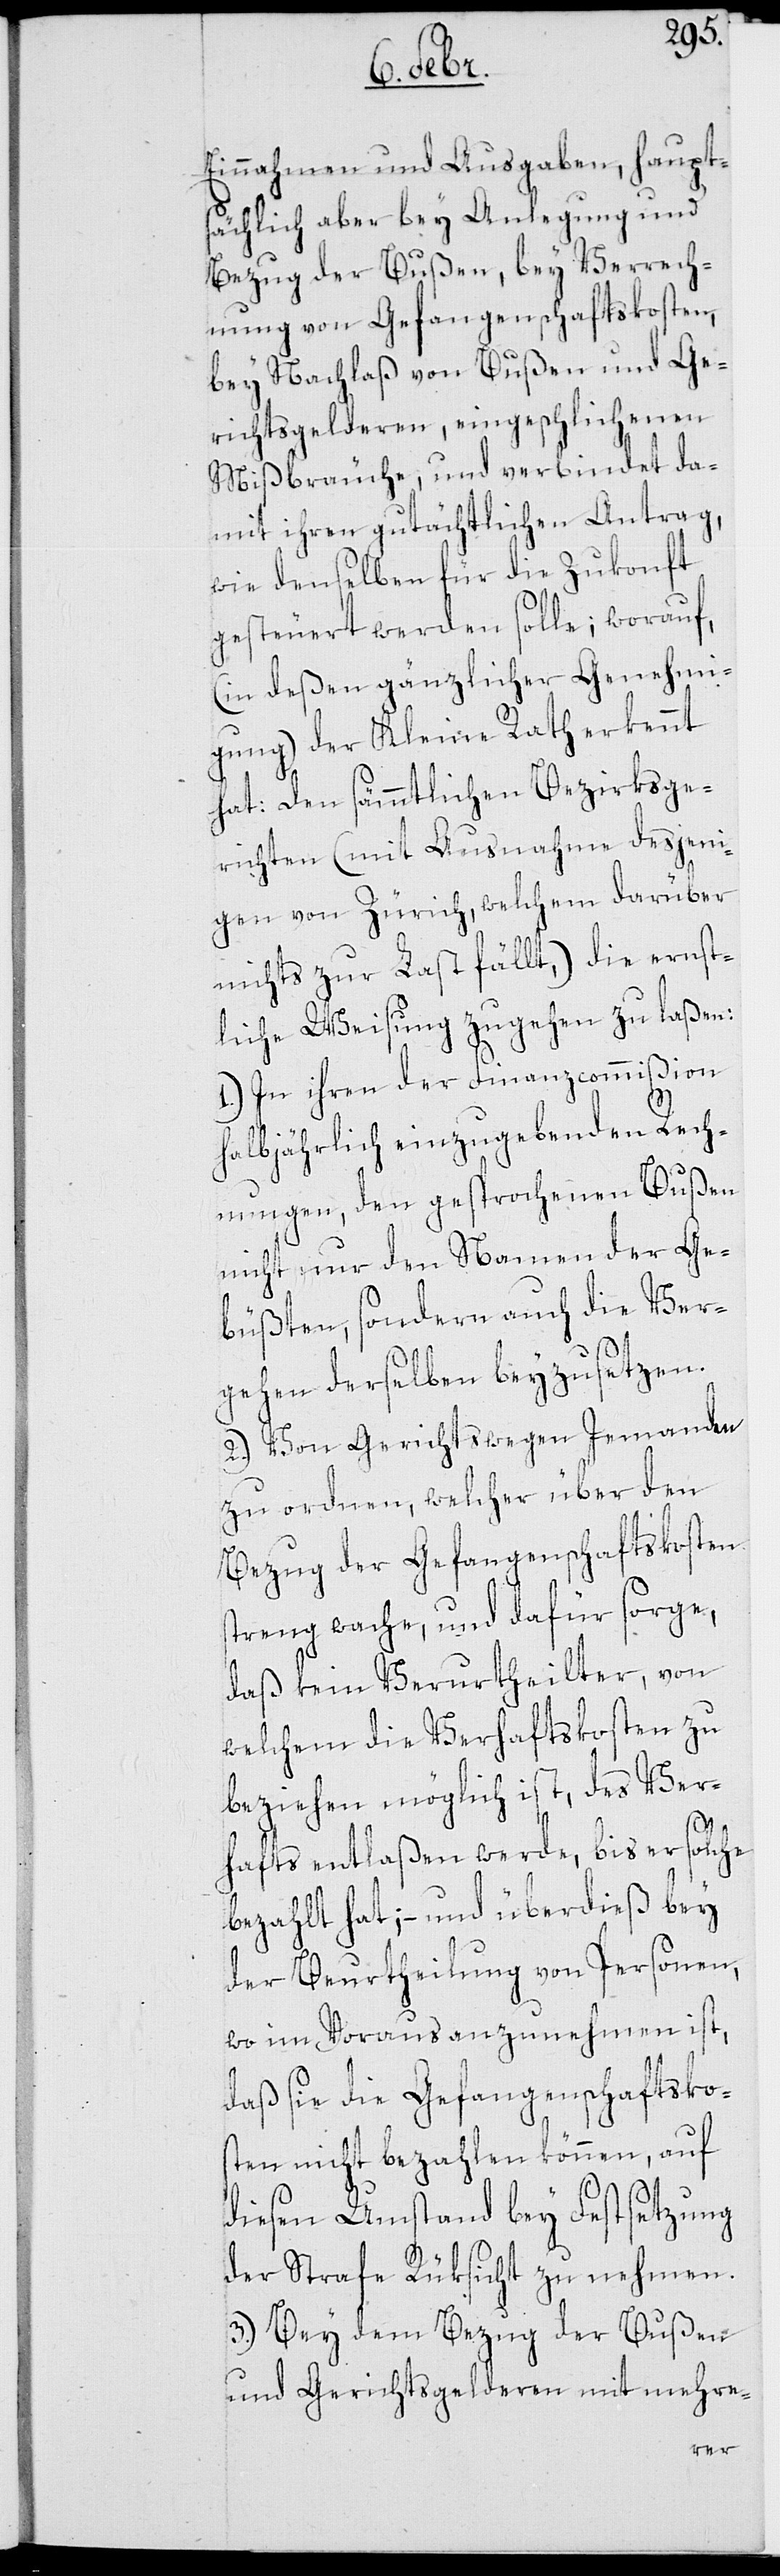
Einnahmen und Ausgaben, haupt¬
sächlich aber bey Anlegung und
Bezug der Bußen, bey Verrech¬
nung von Gefangenschaftskosten,
bey Nachlaß von Bußen und Ge¬
richtsgelderen, eingeschlichenen
Mißbräuche, und verbindet da¬
mit ihren gutächtlichen Antrag,
wie denselben für die Zukonft
gesteuert werden solle; worauf,
(in deßen gänzlicher Genehmi¬
gung) der Kleine Rath erkennt
hat: Den sämtlichen Bezirksge¬
richten (mit Ausnahme desjeni¬
gen von Zürich, welchem darüber
nichts zur Last fällt,) die ernst¬
liche Weisung zugehen zu laßen:
1.) In ihren der Finanzcommißion
halbjährlich einzugebenden Rech¬
nungen, den gesprochenen Bußen
nicht nur den Namen der Ge¬
büßten, sondern auch die Ver¬
gehen derselben beyzusetzen.
2.) Von Gerichtswegen Jemanden
zu ordnen, welcher über den
Bezug der Gefangenschaftskosten
streng wache, und dafür sorge,
daß kein Verurtheilter, von
welchem die Verhaftskosten zu
beziehen möglich ist, des Ver¬
hafts entlaßen werde, bis er solche
bezahlt hat, – und überdieß bey
der Beurtheilung von Personen,
wo im Voraus anzunehmen ist,
daß sie die Gefangenschaftsko¬
sten nicht bezahlen können, auf
diesen Umstand bey Festsetzung
der Strafe Rüksicht zu nehmen.
3.) Bey dem Bezug der Bußen
und Gerichtsgelderen mit mehre-